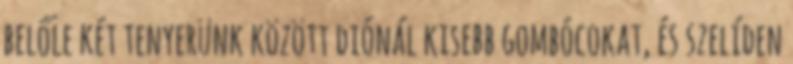
belőle két tenyerünk között diónál kisebb gombócokat, és szelíden